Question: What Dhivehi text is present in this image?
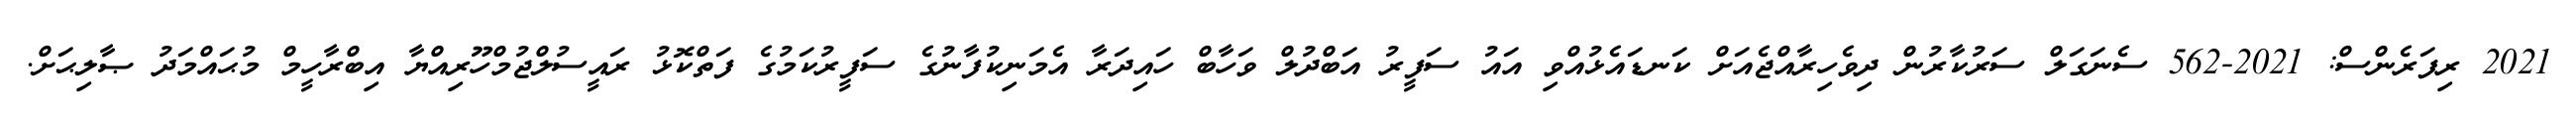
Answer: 2021 ރިފަރެންސް: 2021-562 ސެނަގަލް ސަރުކާރުން ދިވެހިރާއްޖެއަށް ކަނޑައެޅުއްވި އައު ސަފީރު އަބްދުލް ވަހާބް ހައިދަރާ އެމަނިކުފާނުގެ ސަފީރުކަމުގެ ފަތްކޮޅު ރައީސުލްޖުމްހޫރިއްޔާ އިބްރާހީމް މުޙައްމަދު ޞާލިޙަށް.